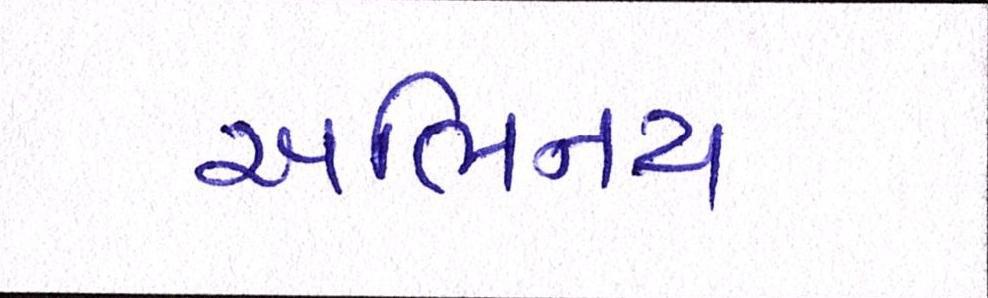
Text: અભિનય